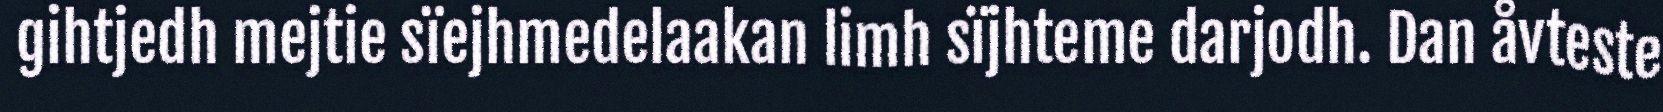
gihtjedh mejtie sïejhmedelaakan limh sïjhteme darjodh. Dan åvteste